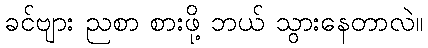
ခင်ဗျား ညစာ စားဖို့ ဘယ် သွားနေတာလဲ။